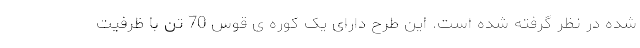
شده در نظر گرفته شده است. این طرح دارای یک کوره ی قوس 70 تن با ظرفیت